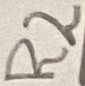
Text: R2